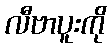
လီဗာပူးကို